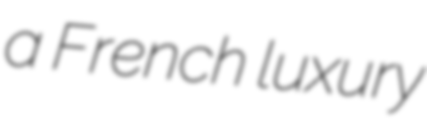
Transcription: a French luxury